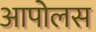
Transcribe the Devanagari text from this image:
आपोलस